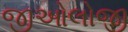
જીઓલોજી